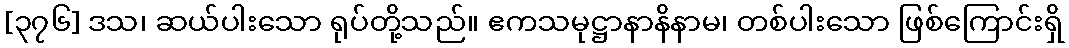
[၃၇၆] ဒသ၊ ဆယ်ပါးသော ရုပ်တို့သည်။ ဧကသမုဋ္ဌာနာနိနာမ၊ တစ်ပါးသော ဖြစ်ကြောင်းရှိ